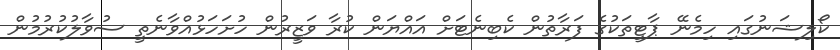
ކޯލިޝަނުގައި ހިމެނޭ ޕާޓީތަކުގެ ފަރާތުން ކެބިނެޓަށް އައްޔަން ކުރާ ވަޒީރުން ހުށަހަޅުއްވާނެތީ ސުވާލުކުރުމުން